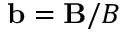
\mathbf { b } = \mathbf { B } / B